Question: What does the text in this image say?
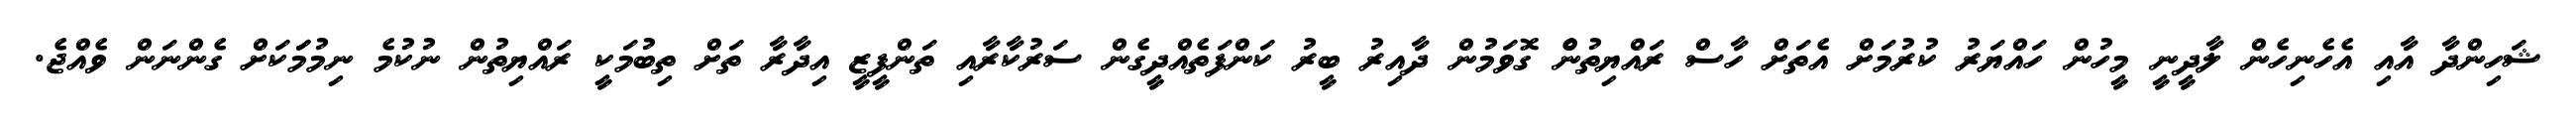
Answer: ޝަހިންދާ އާއި އެހެނިހެން ލާދީނީ މީހުން ހައްޔަރު ކުރުމަށް އެތަށް ހާސް ރައްޔިތުނެް ގޮވަމުން ދާއިރު ބީރު ކަންފަތެއްދީގެން ސަރުކާރާއި ތަންފީޒީ އިދާރާ ތަށް ތިބުމަކީ ރައްޔިތުން ނުކުމެ ނިމުމަަކަށް ގެންނަން ވެއްޖެ.